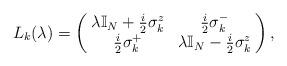
LaTeX: \begin{align*}L_{k}(\lambda)=\left(\!\begin{array}{cc}\lambda \mathbb{I}_N+\frac{i}{2}\sigma^z_k & \frac{i}{2}\sigma^-_k\\\frac{i}{2}\sigma^+_k & \lambda \mathbb{I}_N-\frac{i}{2}\sigma^z_k\end{array}\!\right),\end{align*}